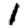
Digit: 1